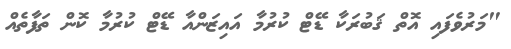
"މަރުވެފައި އޮތް ޤަބުރަކާ ޑޭޓް ކުރުމާ އައިޒަންއާ ޑޭޓް ކުރުމާ ކޮން ތަފާތެއް